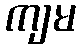
ကျမ